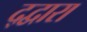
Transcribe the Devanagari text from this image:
द्द्वारा